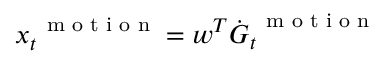
\boldsymbol x _ { t } ^ { \mathrm { ~ \scriptsize ~ m ~ o ~ t ~ i ~ o ~ n ~ } } = \boldsymbol w ^ { T } \dot { \boldsymbol G } _ { t } ^ { \mathrm { ~ \scriptsize ~ m ~ o ~ t ~ i ~ o ~ n ~ } }